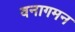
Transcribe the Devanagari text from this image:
वनागमन